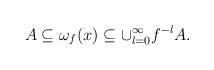
LaTeX: \begin{align*} A\subseteq\omega_f(x)\subseteq \cup_{l=0}^{\infty}f^{-l}A.\end{align*}